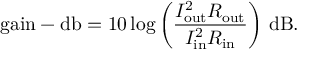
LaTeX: { \mathrm { g a i n - d b } } = 1 0 \log { \left( { \frac { I _ { \mathrm { o u t } } ^ { 2 } R _ { \mathrm { o u t } } } { I _ { \mathrm { i n } } ^ { 2 } R _ { \mathrm { i n } } } } \right) } ~ { \mathrm { d B } } .